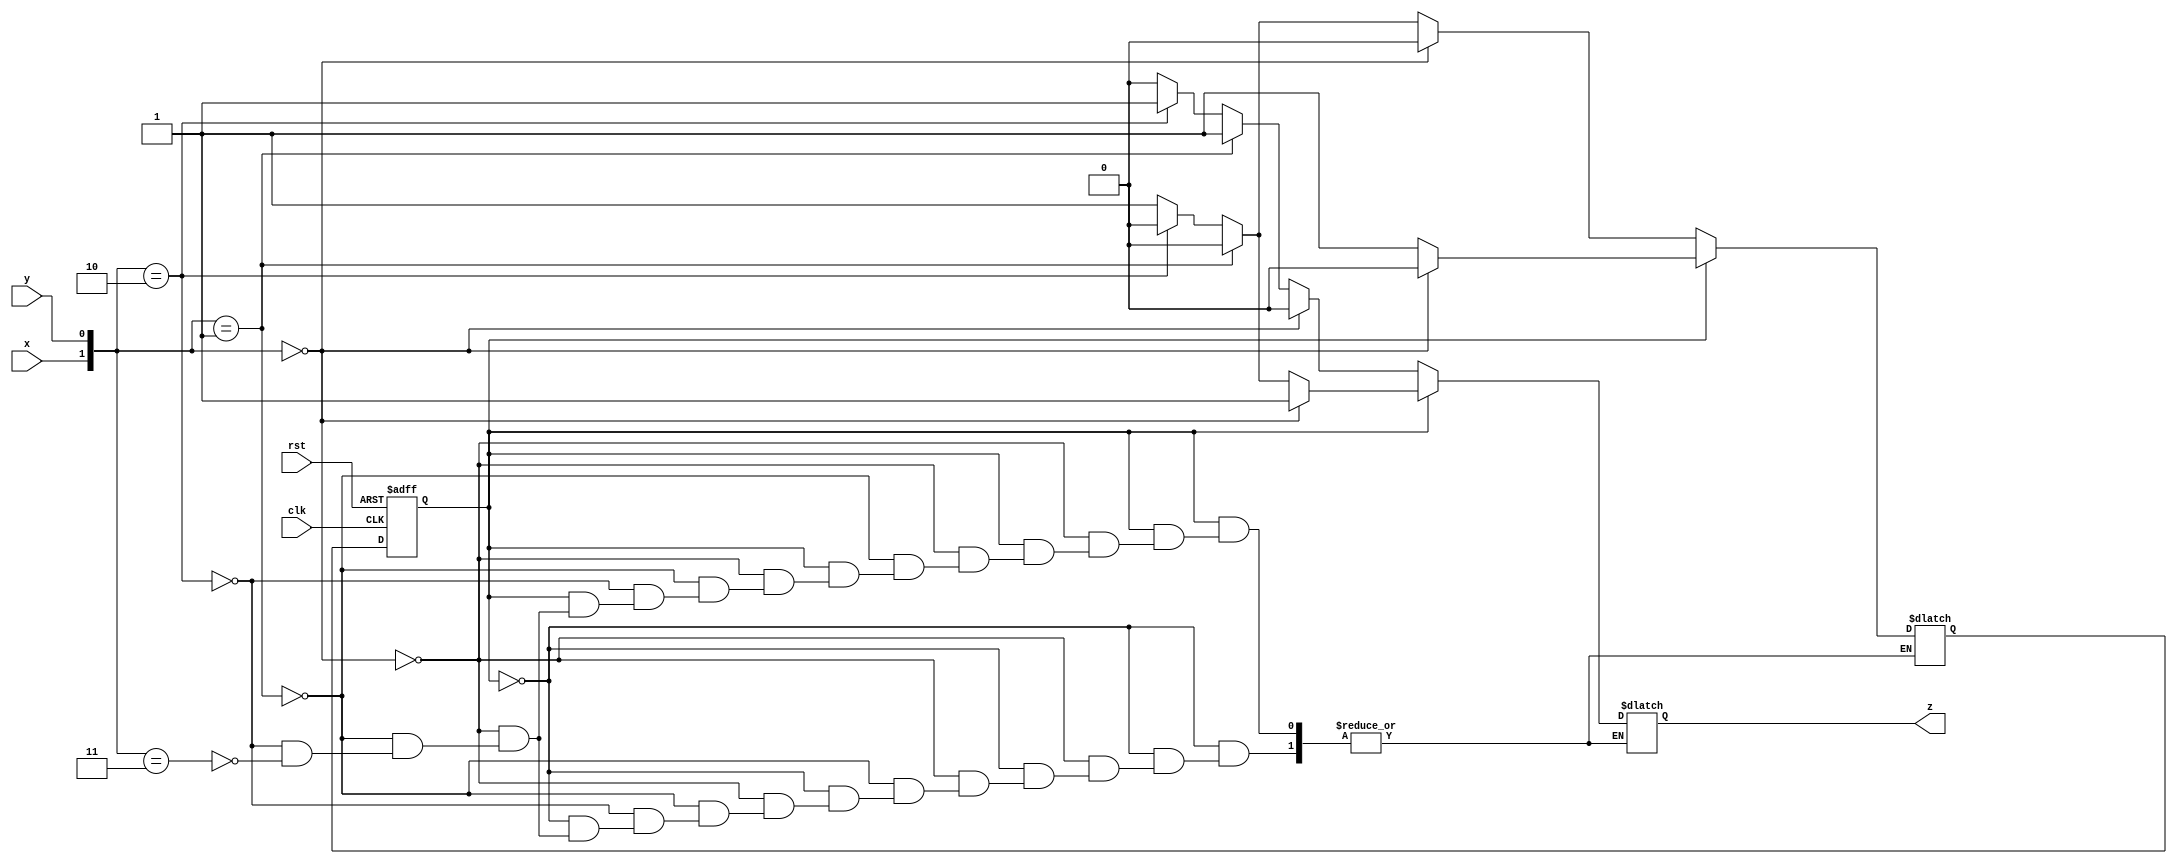
module serial_adder (clk, rst, x, y, z);
input clk, rst, x, y;
output reg z;
parameter s0 = 0, s1 = 1;
reg PS,NS;
always @(posedge clk, posedge rst) begin
    if(rst) PS <= s0;
    else PS <= NS;
end

always @(PS, x, y) begin
    case (PS)
    s0 : begin
        if({x,y} == 0) begin NS = s0; z = 0; end
        else if({x,y} == 1) begin NS = s0; z =1; end 
        else if({x,y} == 2) begin NS = s0; z = 1; end 
        else if({x,y} == 3) begin NS = s1; z = 0; end 
    end
    s1 : begin
        if({x,y} == 0) begin NS = s0; z = 1; end
        else if({x,y} == 1) begin NS = s1; z =0; end 
        else if({x,y} == 2) begin NS = s1; z = 0; end 
        else if({x,y} == 3)begin NS = s1; z = 1; end  
    end
    default : begin NS = s0; z = 0; end
    endcase
end
    
endmodule